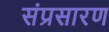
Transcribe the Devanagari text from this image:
संप्रसारण